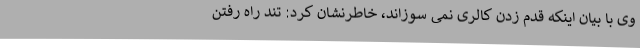
وی با بیان اینکه قدم زدن کالری نمی سوزاند، خاطرنشان کرد: تند راه رفتن